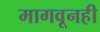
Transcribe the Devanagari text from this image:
मागवूनही